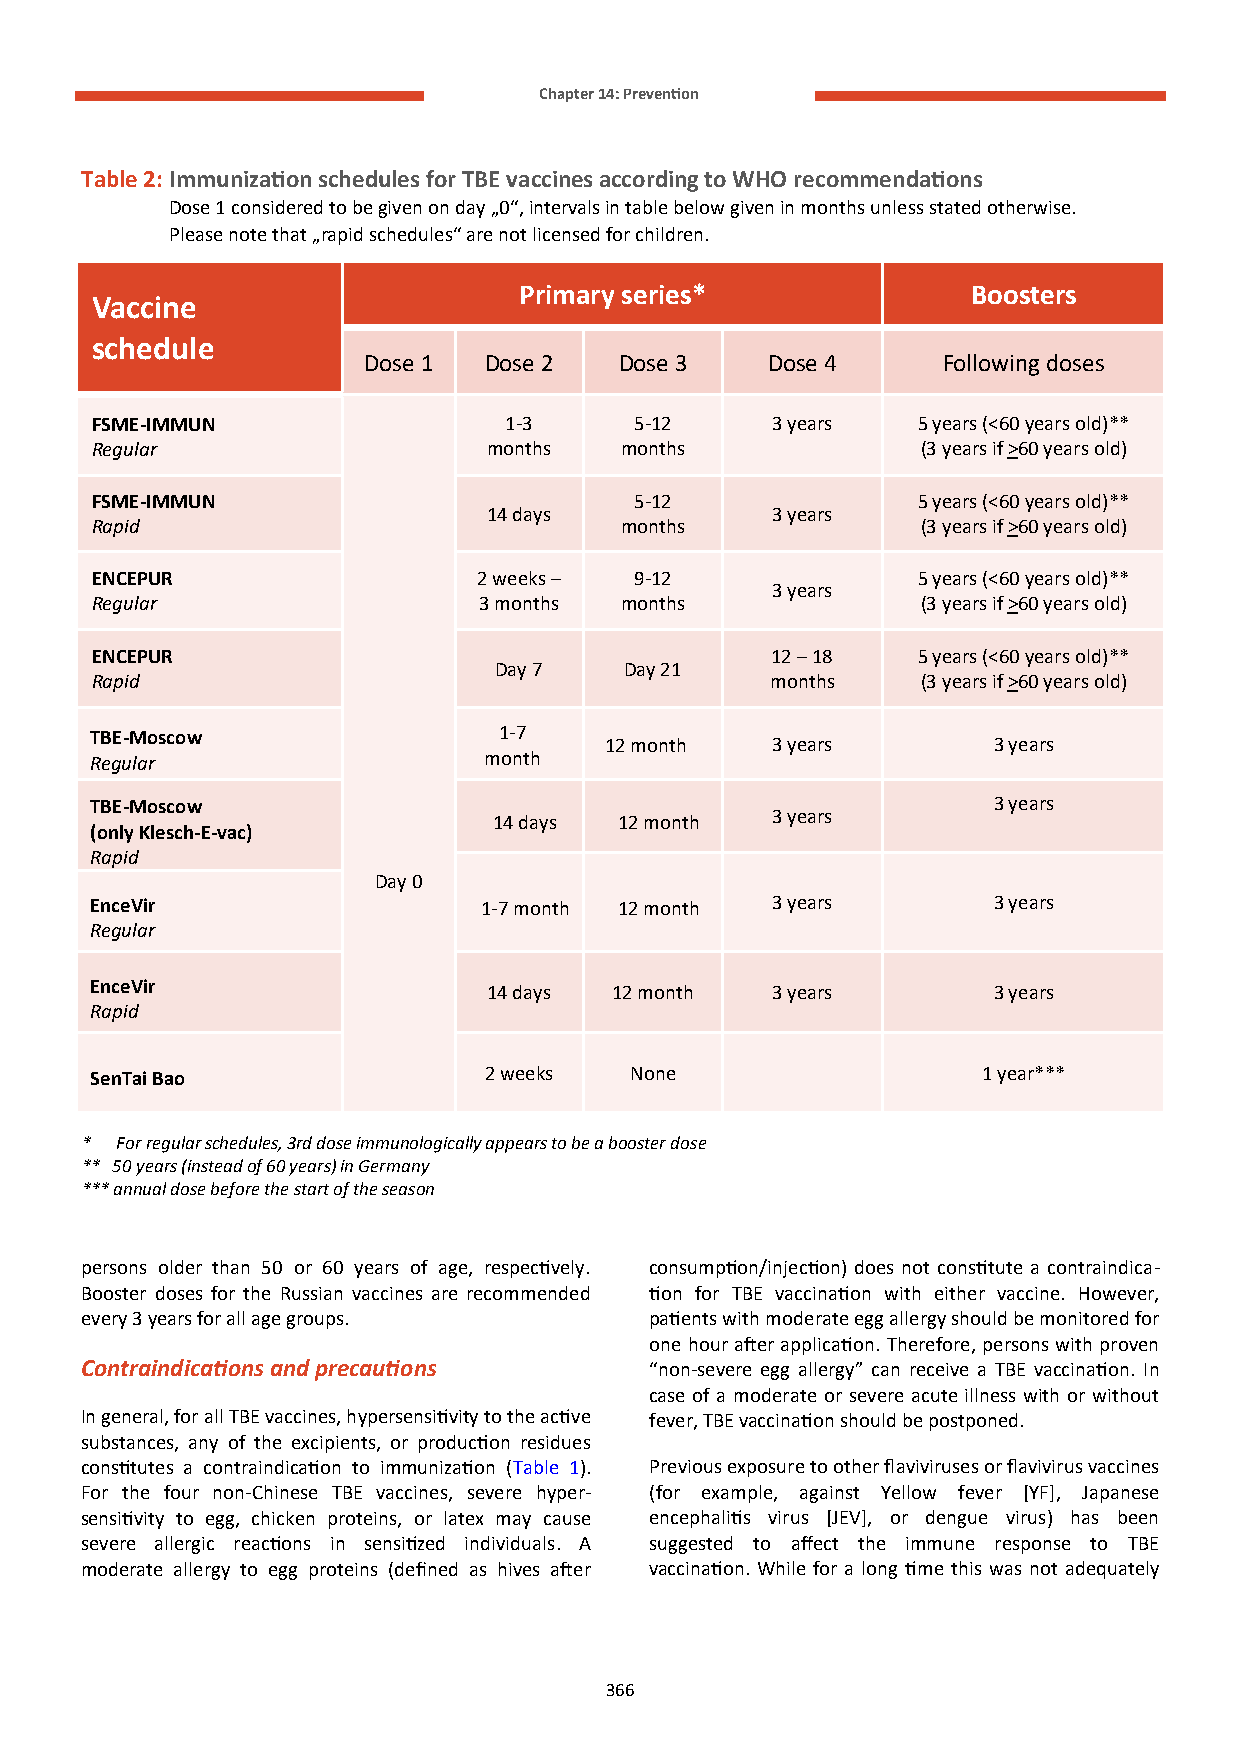
Chapter 14: Prevention
 Table 2: Immunization schedules for TBE vaccines according to WHO recommendations
 Dose 1 considered to be given on day „0“, intervals in table below given in months unless stated otherwise.
 Please note that „rapid schedules“ are not licensed for children.
 Primary series*               Boosters
 Vaccine
 schedule
 Dose 1  Dose 2   Dose 3    Dose 4     Following doses
 FSME-IMMUN                 1-3      5-12     3 years   5 years (<60 years old)**
 Regular                   months   months              (3 years if >60 years old)
 FSME-IMMUN                          5-12               5 years (<60 years old)**
 14 days            3 years
 Rapid                              months              (3 years if >60 years old)
 ENCEPUR                   2 weeks – 9-12               5 years (<60 years old)**
 3 years
 Regular                   3 months months              (3 years if >60 years old)
 ENCEPUR                                      12 – 18   5 years (<60 years old)**
 Day 7   Day 21
 Rapid                                        months    (3 years if >60 years old)
 TBE-Moscow                 1-7
 12 month   3 years        3 years
 Regular                   month
 TBE-Moscow                                                  3 years
 14 days 12 month  3 years
 (only Klesch-E-vac)
 Rapid
 Day 0
 EnceVir                   1-7 month 12 month 3 years        3 years
 Regular
 EnceVir
 14 days 12 month   3 years        3 years
 Rapid
 SenTai Bao                2 weeks   None                   1 year***
 *  For regular schedules, 3rd dose immunologically appears to be a booster dose
 ** 50 years (instead of 60 years) in Germany
 *** annual dose before the start of the season
 persons older than 50 or 60 years of age, respectively. consumption/injection) does not constitute a contraindica-
 Booster doses for the Russian vaccines are recommended tion for TBE vaccination with either vaccine. However,
 every 3 years for all age groups.     patients with moderate egg allergy should be monitored for
 one hour after application. Therefore, persons with proven
 Contraindications and precautions     “non-severe egg allergy” can receive a TBE vaccination. In
 case of a moderate or severe acute illness with or without
 In general, for all TBE vaccines, hypersensitivity to the active fever, TBE vaccination should be postponed.
 substances, any of the excipients, or production residues
 constitutes a contraindication to immunization (Table 1). Previous exposure to other flaviviruses or flavivirus vaccines
 For the four non-Chinese TBE vaccines, severe hyper- (for example, against Yellow fever [YF], Japanese
 sensitivity to egg, chicken proteins, or latex may cause encephalitis virus [JEV], or dengue virus) has been
 severe allergic reactions in sensitized individuals. A suggested to affect the immune response to TBE
 moderate allergy to egg proteins (defined as hives after vaccination. While for a long time this was not adequately
 366